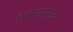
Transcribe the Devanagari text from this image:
ग्रामप्रमुख